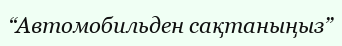
“Автомобильден сақтаныңыз”